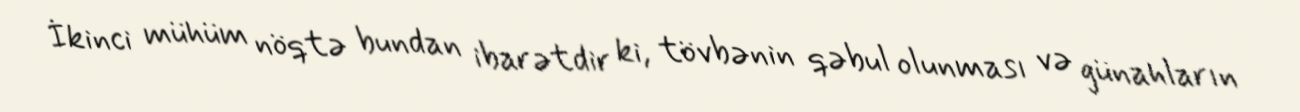
İkinci mühüm nöqtə bundan ibarətdir ki, tövbənin qəbul olunması və günahların